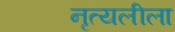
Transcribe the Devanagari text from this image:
नृत्यलीला